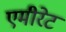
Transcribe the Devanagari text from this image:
एमीरेट